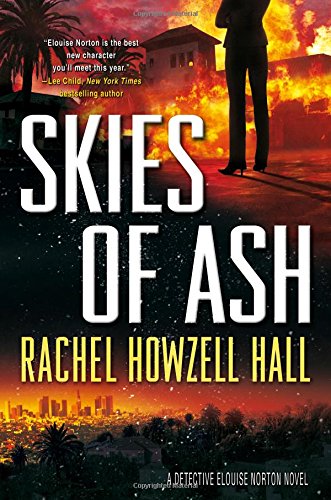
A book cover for Skies of Ash (Detective Elouise Norton); Rachel Howzell Hall; Mystery, Thriller & Suspense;